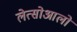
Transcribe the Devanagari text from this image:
लेत्सोआलो